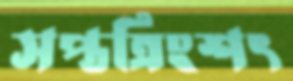
সপ্তত্রিংশৎ